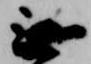
無